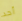
أحد